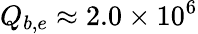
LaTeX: Q_{b,e}\approx 2.0\times 10^{6}